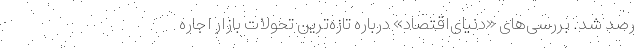
رصد شد. بررسی‌‌های «دنیای‌اقتصاد» درباره تازه‌‌ترین تحولات بازار اجاره